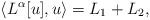
LaTeX: \begin{align*}\langle L^\alpha[u],u \rangle = L_1 + L_2,\end{align*}